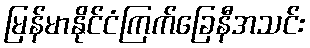
မြန်မာနိုင်ငံကြက်ခြေနီအသင်း